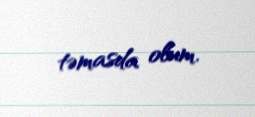
təmasda olum.